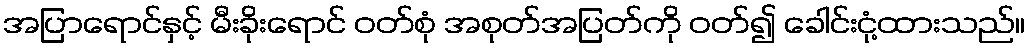
အပြာရောင်နှင့် မီးခိုးရောင် ဝတ်စုံ အစုတ်အပြတ်ကို ဝတ်၍ ခေါင်းငုံ့ထားသည်။